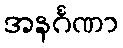
အနင်္ဂဏာ